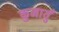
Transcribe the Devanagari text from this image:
कुमायुँ